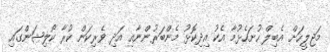
މަޖިލީހަށް އެބިލް ހުށަހެޅުމާ އެކު އިދިކޮޅު މެންބަރުންނާއި އަދި ވެރިކަން ކުރާ ކޯލިޝަންގައި